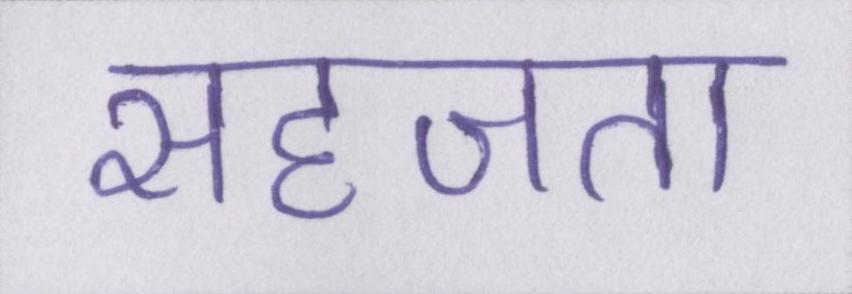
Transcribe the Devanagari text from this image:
सहजता